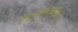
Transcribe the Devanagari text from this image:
ग्रेनुलोमेटोसिस